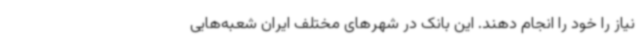
نیاز را خود را انجام دهند. این بانک در شهرهای مختلف ایران شعبه‌هایی